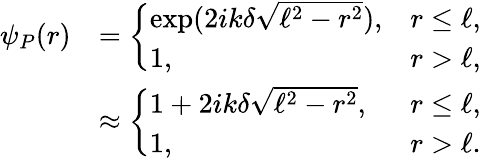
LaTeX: \begin{array}{rl}{\psi_{P}(r)}&{=\left\{ \begin{array}{ll}{\exp(2ik\delta\sqrt{\ell^{2}-r^{2}}),}&{r\le\ell,}\\ {1,}&{r>\ell,}\end{array}\right.}\\ &{\approx\left\{ \begin{array}{ll}{1+2ik\delta\sqrt{\ell^{2}-r^{2}},~\, }&{r\le\ell,}\\ {1,}&{r>\ell.}\end{array}\right.}\end{array}